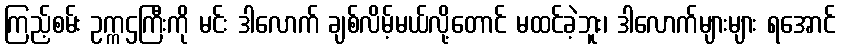
ကြည့်စမ်း ဥက္ကဌကြီးကို မင်း ဒါလောက် ချစ်လိမ့်မယ်လို့တောင် မထင်ခဲ့ဘူး၊ ဒါလောက်များများ ရအောင်